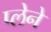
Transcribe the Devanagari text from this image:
प्लेने